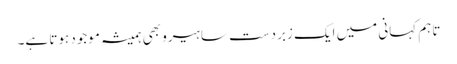
تاہم کہانی میں ایک زبردست سا ہیرو بھی ہمیشہ موجود ہوتا ہے۔